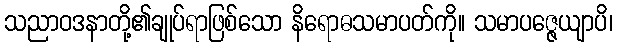
သညာဝဒနာတို့၏ချုပ်ရာဖြစ်သော နိရောဓသမာပတ်ကို။ သမာပဇ္ဇေယျာပိ၊